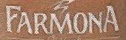
FARMONA